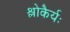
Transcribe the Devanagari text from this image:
श्लोकैर्यः